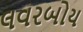
લવરબોય